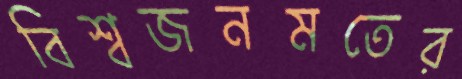
বিশ্বজনমতের